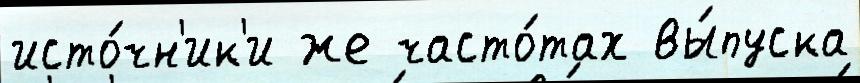
исто́чн'ик'и же часто́тах вы́пуска